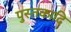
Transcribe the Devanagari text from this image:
पुस्तकादि